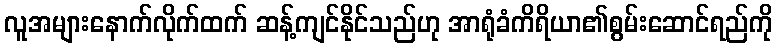
လူအများနောက်လိုက်ထက် ဆန့်ကျင်နိုင်သည်ဟု အာရုံခံကိရိယာ၏စွမ်းဆောင်ရည်ကို